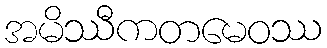
အမိဿီကတမေဝဿ